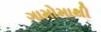
ગામોમાથી